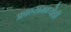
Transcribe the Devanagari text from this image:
फ्रान्समध्येही